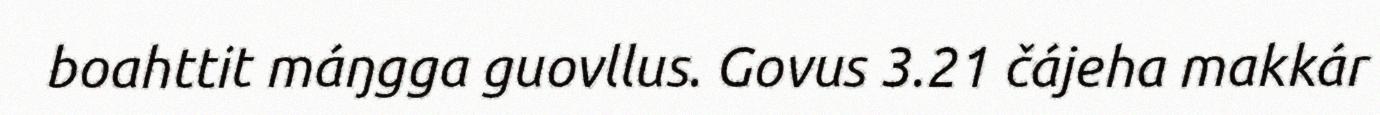
boahttit máŋgga guovllus. Govus 3.21 čájeha makkár